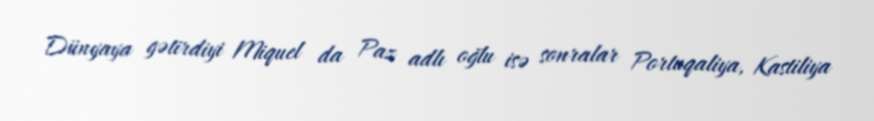
Dünyaya gətirdiyi Miquel da Paz adlı oğlu isə sonralar Portuqaliya, Kastiliya